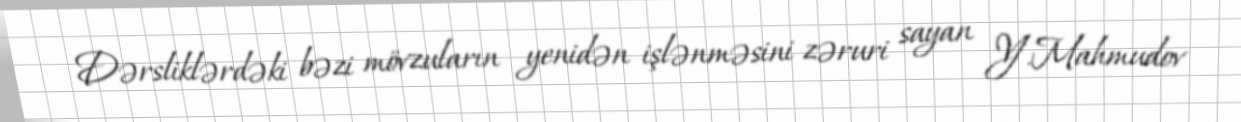
Dərsliklərdəki bəzi mövzuların yenidən işlənməsini zəruri sayan Y.Mahmudov